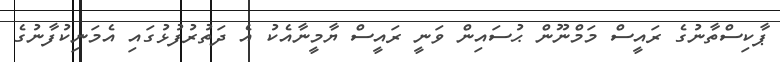
ޕާކިސްތާނުގެ ރައީސް މަމްނޫން ޙުސައިން ވަނީ ރައީސް ޔާމީނާއެކު އެ ދަތުރުފުޅުގައި އެމަނިކުފާނުގެ